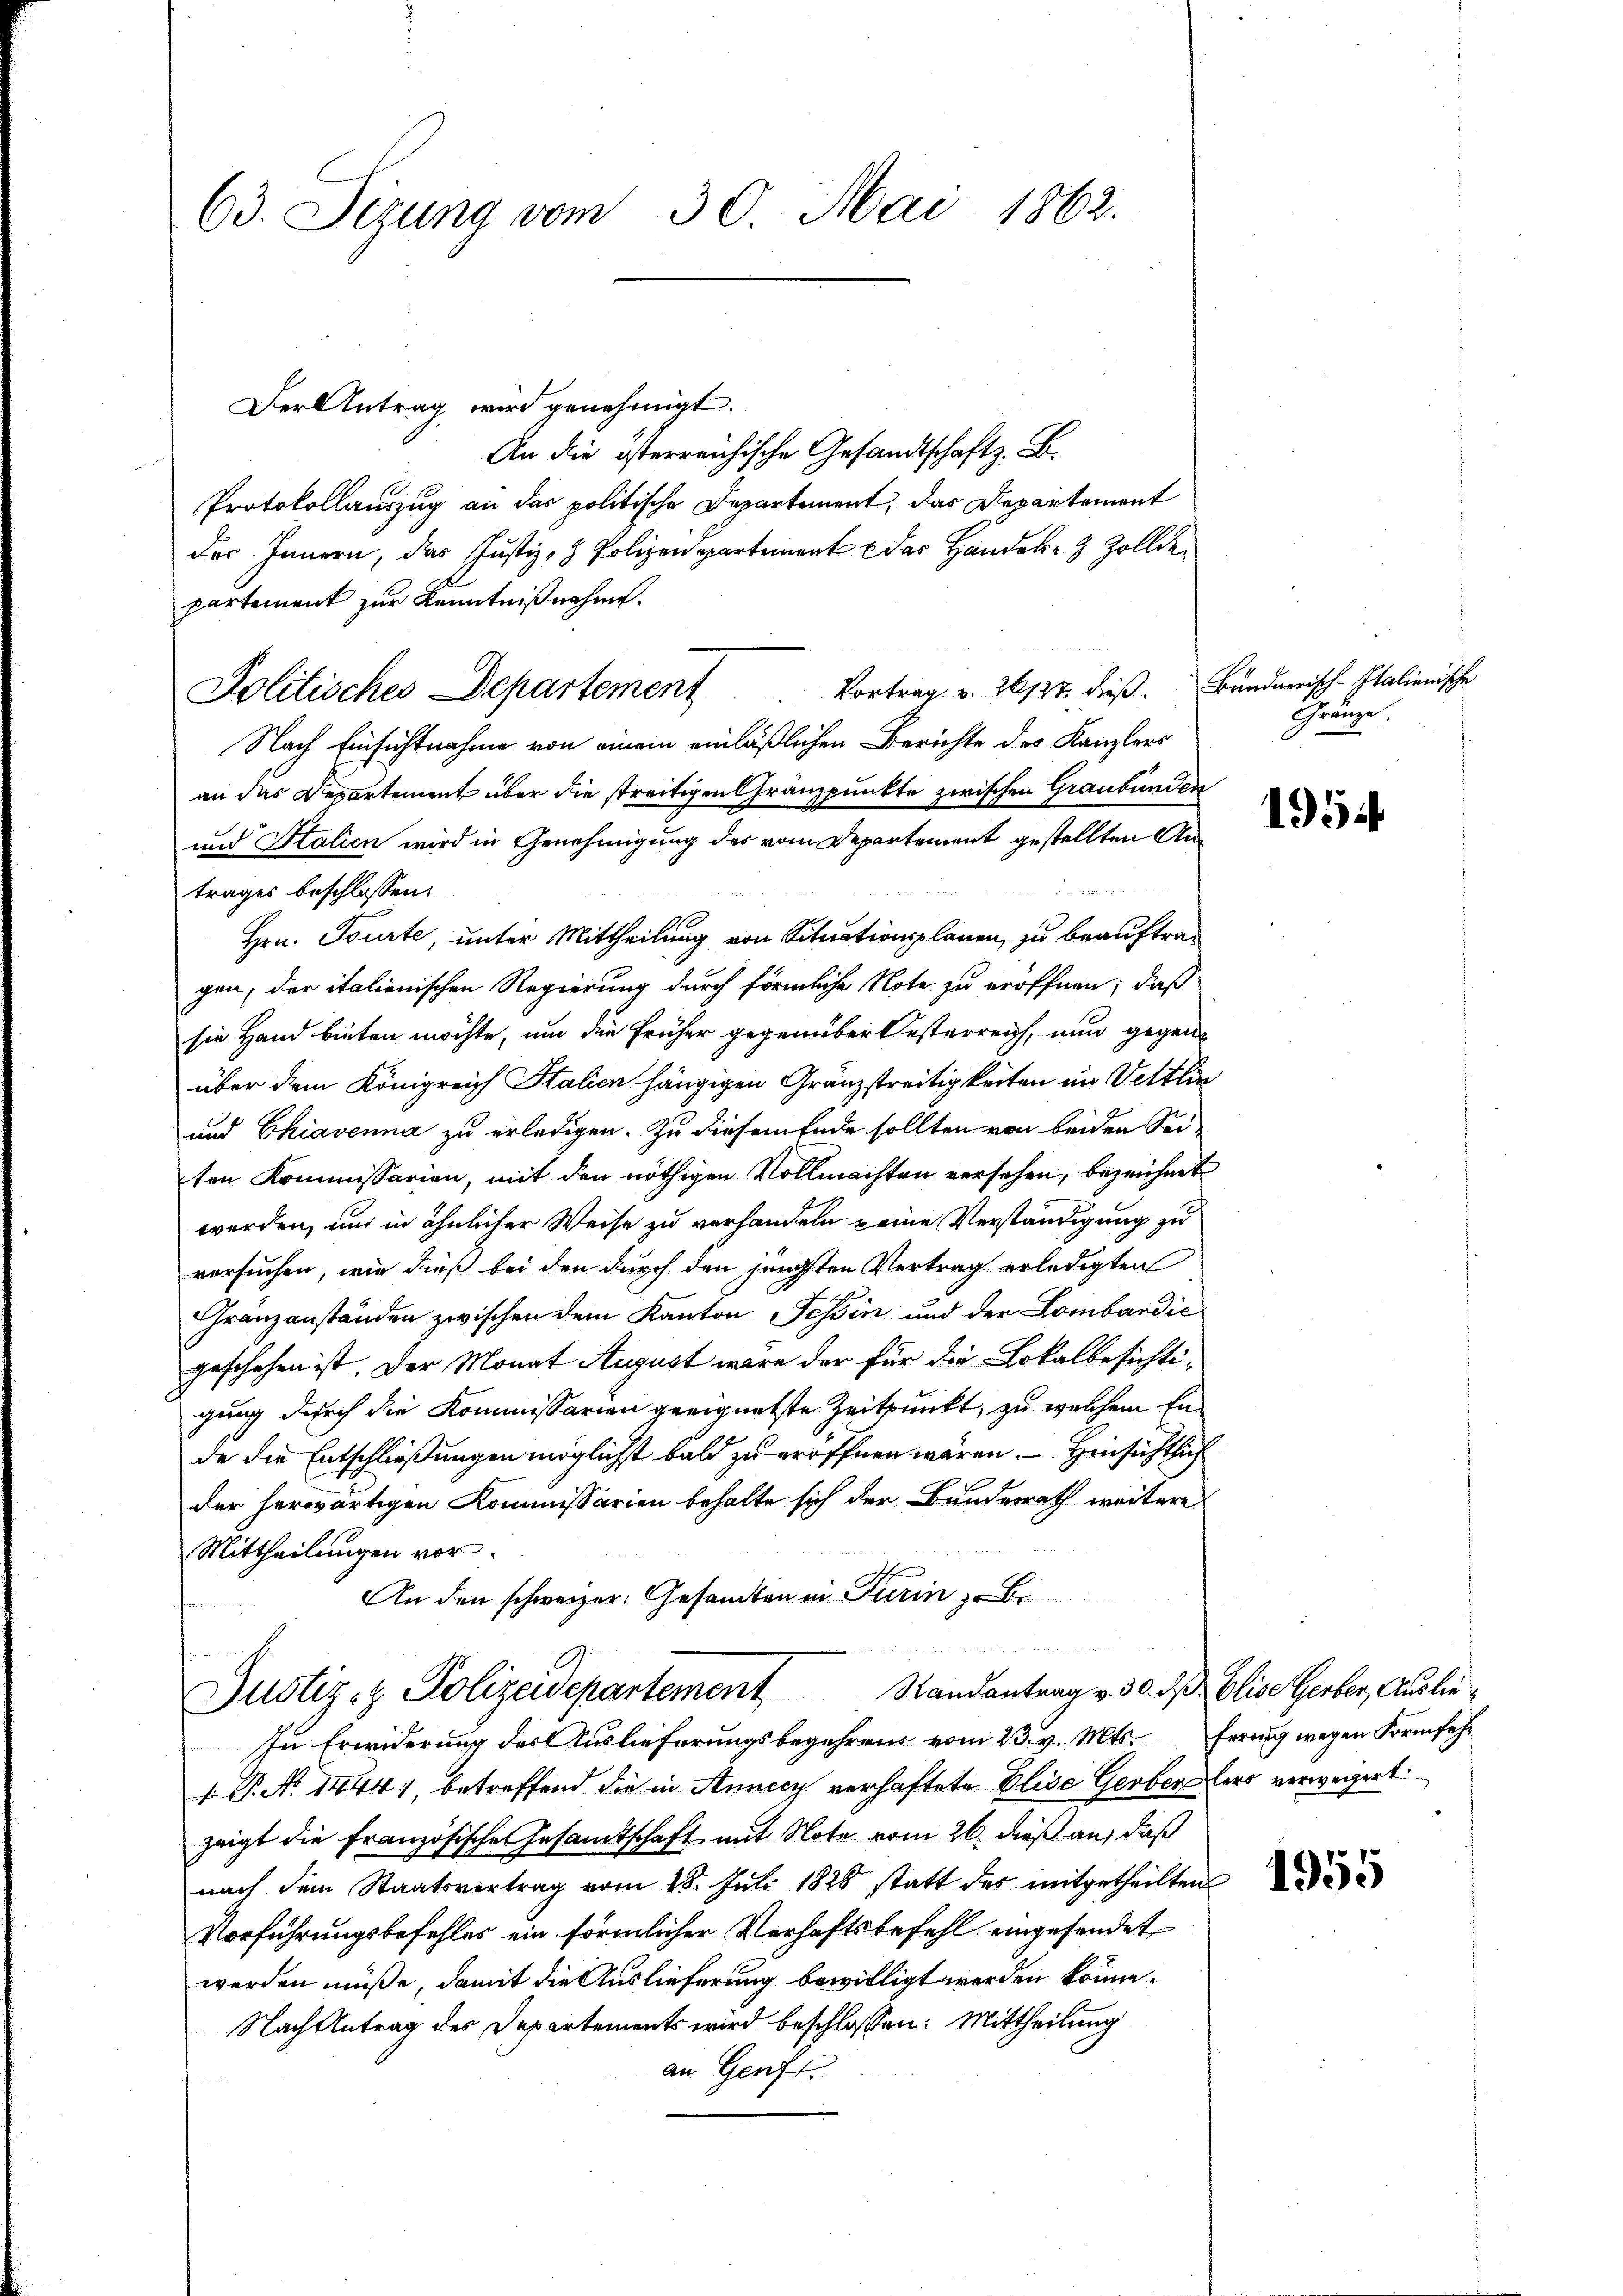
63. Sizung vom 30. Mai 1862.

Der Antrag wird genehmigt.
An die österreichische Gesandtschaft z. B.
Protokollauszug an das politische Departement, das Departement
des Innern, das Justiz- & Polizeidepartement das Handel- & Zollde
partement zur Kenntnißnahme.
Vortrag v. 26127. dieß. Bündnerisch-Italienische
Nach Einsichtnahme von einem einläßlichen Berichte des Kanzlers
an das Departement über die streitigen Gränzpunkte zwischen Graubünden
und Italien wird in Genehmigung des vom Departement gestellten Antrages beschlossen:
10
Hrn. Tourte, unter Mittheilung von Situationsplanen, zu beauftragen, der italienischen Regierung durch förmliche Note zu eröffnen; daß
sie Hand bieten möchte, um die früher gegenüber Oesterreich, nun gegen-
über dem Königreich Italien hängigen Gränzstreitigkeiten ein Veltlin
und Chiavenna zu erledigen. Zu diesem Ende sollten von beiden Seiten Kommissarien, mit den nöthigen Vollmachten versehen, bezeichnet
werden, und in ähnlicher Weise zu verhandeln keine Verständigung zu
versuchen, wie dieß bei den durch den jüngsten Vertrag erledigten
kn
Granzanständen zwischen dem Kanton Tessin und der Lombardić
geschehen ist. Der Monat August wäre der für die Lokalbesichtigung durch die Kommissarien geeignetste Zeitpunkt, zu welchem Ende die Entschließungen möglichst bald zu eröffnen wären. — Hinsichtlich
der herwärtigen Kommissarien behalte sich der Bundesrath weitere
Mittheilungen vor.
An den schweizer. Gesandten in Turin zu Be¬
Justiz- & Polizeidepartement Randantrag v. 30. ds. Elise Gerber, Auslie¬
In Erwiderung des Auslieferungsbegehrens vom 23. v. Mts. Ferung wegen Formfeh¬
 P. No 1444), betreffend die in Annecy verhaftete Elise Gerbersters verweigert
zeigt die Französische Gesamtschaft mit Note vom 26. dieß an, daß
nach dem Staatsvertrag vom 28. Juli 1828 statt des mitgetheilten
Vorführungsbefehles ein förmlicher Verhaftsbefehl eingesendet
werden müße, damit die Auslieferung bewilligt werden könne.
Nach Antrag des Departements wird beschlossen: Mittheilung
an Genf.

Politisches Departement

Gränze.

1954

1955